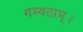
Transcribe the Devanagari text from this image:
गम्यताम्।